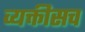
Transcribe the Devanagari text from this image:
व्यक्तीसच